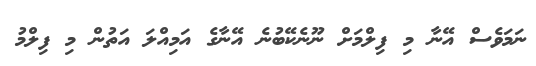
ނަމަވެސް އޭނާ މި ފިލްމަށް ނޫނެކޭބުނެ އޭނާގެ އަމިއްލަ އަތުން މި ފިލްމު